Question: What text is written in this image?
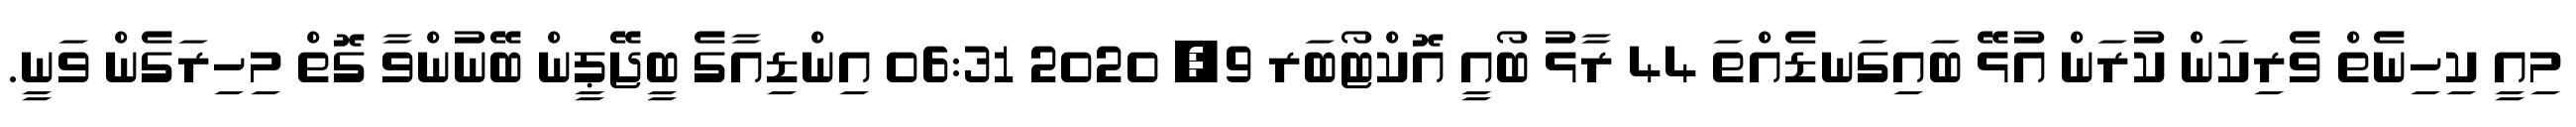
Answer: މިއީ ކިހިނެތް ވެރިކަން ކުރަން އުޅޭ ބައިގަނޑެއްތަ 44 ރާޅު ބޯއީ އޮކްޓޯބަރ 9, 2020 06:31 އިންޑިއާގެ ބީޖޭޕީން ބޭނުންވާ ގޮތް މިހިރަގެން ވަނީ.